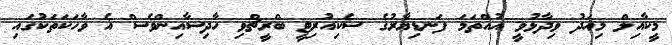
މީކާއިލް މިއަދު ވިދާޅުވީ އުއްތަމަ ފަނޑިޔާރުގެ ސެކިއުރިޓީ ބްރީޗްވި ހާދިސާއިންވެސް އެ ވާހަކަތަކުގައި